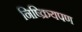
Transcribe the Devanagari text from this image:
निष्क्रियपण